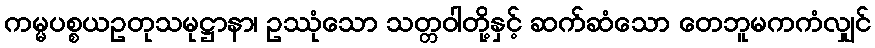
ကမ္မပစ္စယဥတုသမုဋ္ဌာနာ၊ ဥဿုံသော သတ္တဝါတို့နှင့် ဆက်ဆံသော တေဘူမကကံလျှင်